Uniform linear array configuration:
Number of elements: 24
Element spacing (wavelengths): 1
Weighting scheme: kaiser
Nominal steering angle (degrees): -45
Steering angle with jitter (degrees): -44.351
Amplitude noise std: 0.05
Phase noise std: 0.05

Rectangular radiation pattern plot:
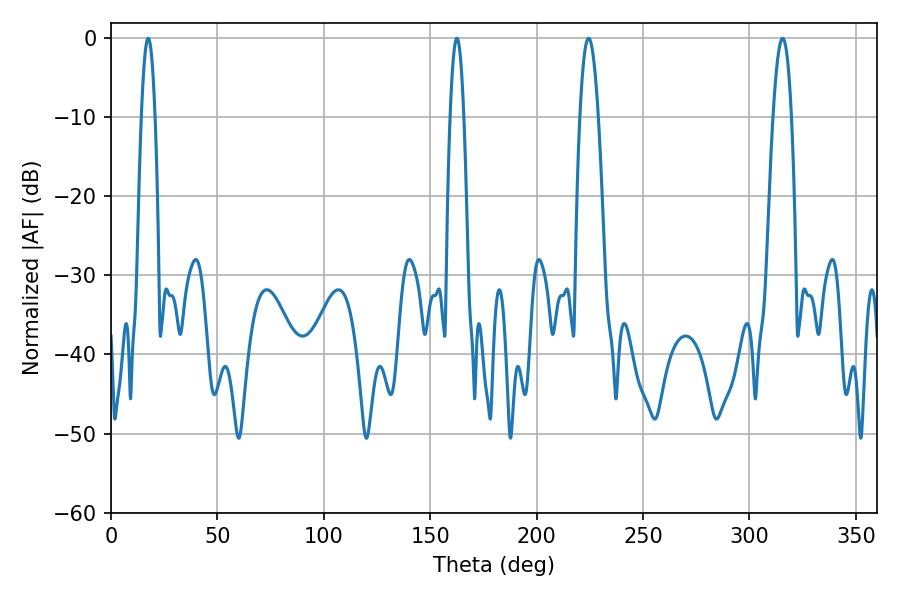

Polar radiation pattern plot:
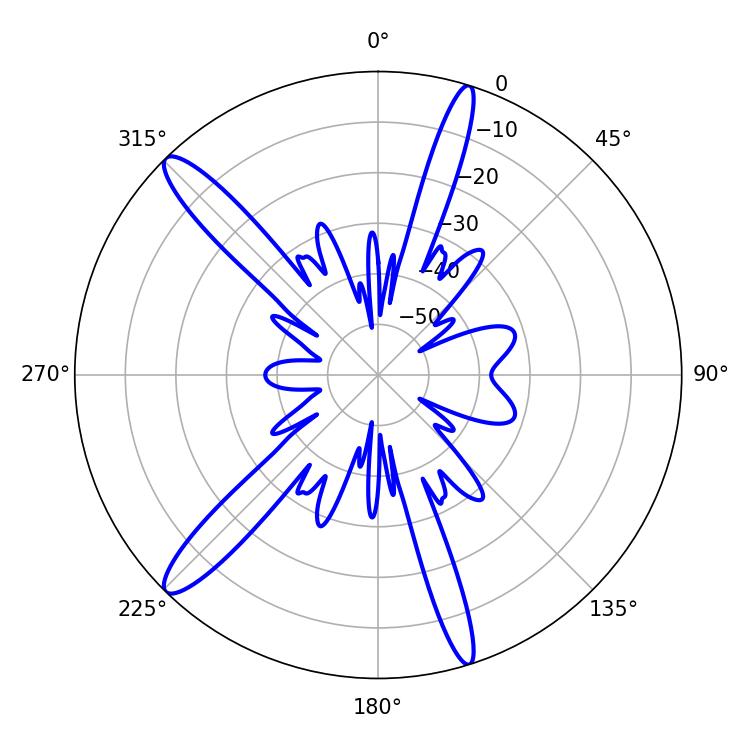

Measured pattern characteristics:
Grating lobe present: TRUE
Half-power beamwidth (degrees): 3.6
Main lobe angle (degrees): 17.46